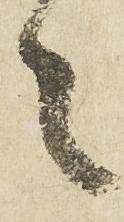
之